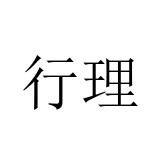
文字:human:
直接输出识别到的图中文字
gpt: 行理